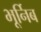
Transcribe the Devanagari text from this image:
भूर्निब